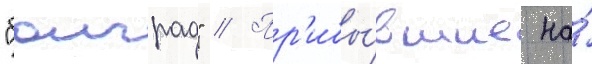
"болград" // Пр'ибы́вшие на́